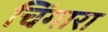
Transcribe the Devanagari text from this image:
चिंगारा